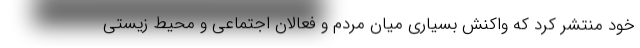
خود منتشر کرد که واکنش بسیاری میان مردم و فعالان اجتماعی و محیط زیستی